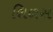
શિળસ